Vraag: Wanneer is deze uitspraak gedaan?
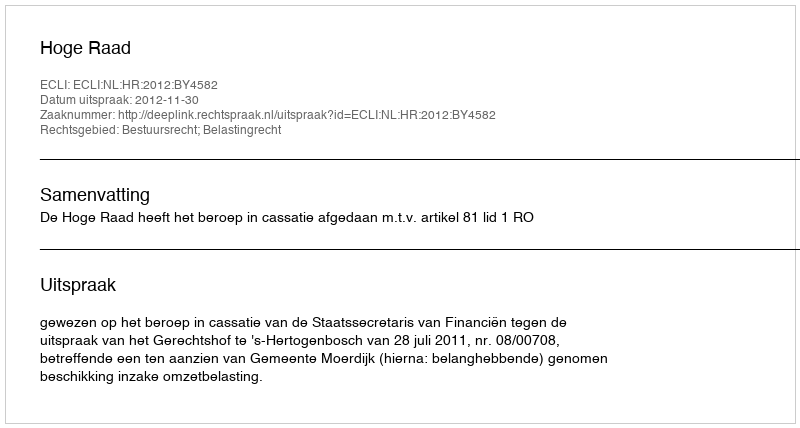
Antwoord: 2012-11-30